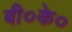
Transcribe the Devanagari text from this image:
बी०के०